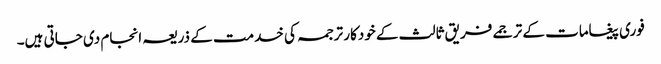
فوری پیغامات کے ترجمے فریق ثالث کے خودکار ترجمہ کی خدمت کے ذریعہ انجام دی جاتی ہیں۔